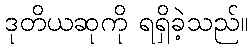
ဒုတိယဆုကို ရရှိခဲ့သည်။